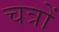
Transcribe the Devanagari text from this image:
चत्रों